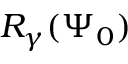
R _ { \gamma } ( \Psi _ { 0 } )